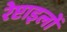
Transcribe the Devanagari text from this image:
रेप्टाइलों